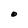
Character: O